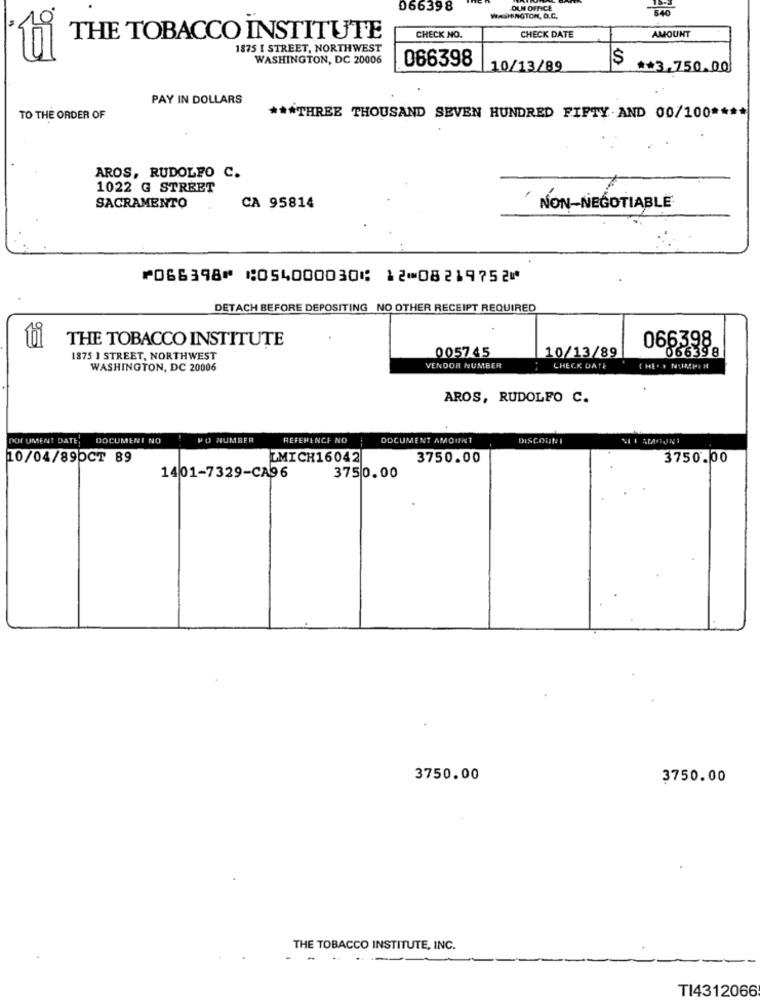
066398
OUN OFFICE
540
WASHINGTON, D.C.
AMOUNT
THE TOBACCO INSTITUTE
CHECK NO.
CHECK DATE
1875 I STREET, NORTHWEST
WASHINGTON, DC 20006
066398
10/13/89
** 3,750.00
PAY IN DOLLARS
TO THE ORDER OF
*** THREE THOUSAND SEVEN HUNDRED FIFTY AND 00/100 ****
AROS, RUDOLFO C.
1022 G STREET
SACRAMENTO
CA 95814
NON-NEGOTIABLE
⑈066398⑈ ⑆054000030⑆ 12⑉08219752⑈
DETACH BEFORE DEPOSITING NO OTHER RECEIPT REQUIRED
THE TOBACCO INSTITUTE
066398
ti
066398
1875 ] STREET, NORTHWEST
005745
10/13/89
WASHINGTON, DC 20006
VENDOR NUMBER
. .
CHECK DATE
AROS, RUDOLFO C.
DOCUMENT DATE!
DOCUMENT NO
PO NUMBER
REFERENCE NO
DOCUMENT AMOUNT
DISCOUN
10/04/89OCT 89
LMICH16042
3750.00
3750.00
1401-7329-CA96
375 0.00
3750.00
3750.00
THE TOBACCO INSTITUTE, INC.
TI4312066